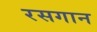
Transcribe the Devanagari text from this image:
रसगान